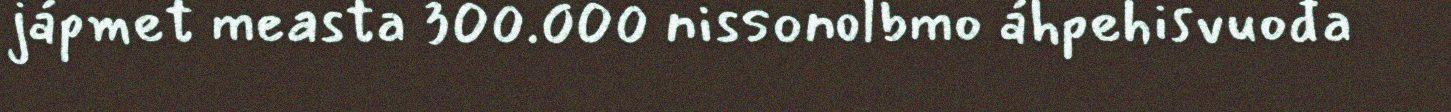
jápmet measta 300.000 nissonolbmo áhpehisvuođa